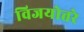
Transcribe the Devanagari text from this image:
विजयोत्तरे